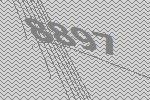
8897